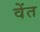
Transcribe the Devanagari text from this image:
वेंत